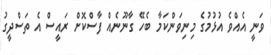
ވަނީ އެއްވެ އުޅުމުގެ މިނިވަންކަމާ ބެހޭ ގާނޫނެއް ފާސްކޮށް ރައީސް އެ ތަސްދީގު